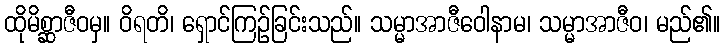
ထိုမိစ္ဆာဇီဝမှ။ ဝိရတိ၊ ရှောင်ကြဉ်ခြင်းသည်။ သမ္မာအာဇီဝေါနာမ၊ သမ္မာအာဇီဝ၊ မည်၏။